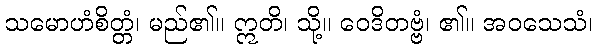
သမောဟံစိတ္တံ၊ မည်၏။ ဣတိ၊ သို့။ ဝေဒိတဗ္ဗံ၊ ၏။ အဝသေသံ၊